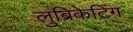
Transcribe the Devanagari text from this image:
लुब्रिकेटिंग